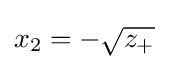
x_{2}=-{\sqrt {z_{+}}}\,\!